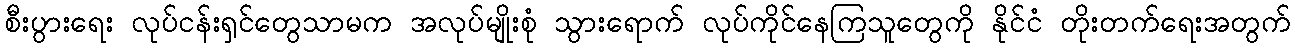
စီးပွားရေး လုပ်ငန်းရှင်တွေသာမက အလုပ်မျိုးစုံ သွားရောက် လုပ်ကိုင်နေကြသူတွေကို နိုင်ငံ တိုးတက်ရေးအတွက်